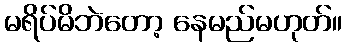
မရိပ်မိဘဲတော့ နေမည်မဟုတ်။